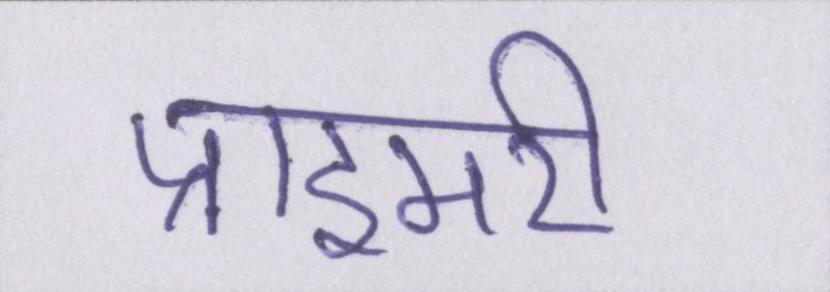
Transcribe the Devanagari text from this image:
प्राइमरी